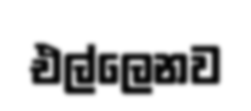
එල්ලෙනව